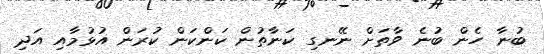
ބުނާ ހެން ބުނެ ވާތަށް ނޭނގި ކަނާތުން ކަންކަން ކުރަން އުޅުމާއި އަދި